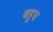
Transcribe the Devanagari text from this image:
बहुध